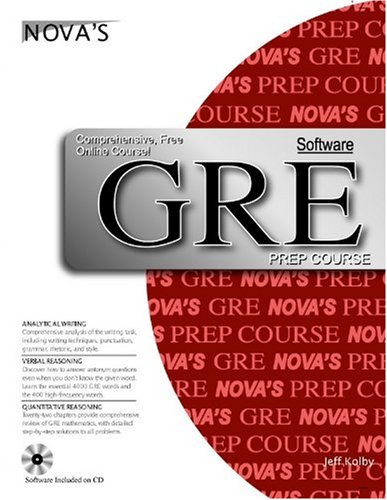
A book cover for GRE Prep Course with Software; Jeff Kolby; Test Preparation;